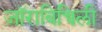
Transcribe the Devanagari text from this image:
जॉराबिच्विली